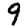
Digit: 9